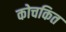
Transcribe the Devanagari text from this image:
कोचकित